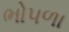
ભોપળા